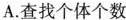
A.查找个体个数